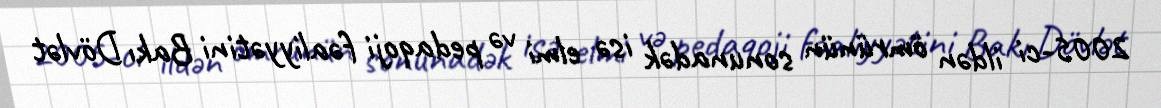
2005-ci ildən ömrünün sonunadək isə elmi və pedaqoji fəaliyyətini Bakı Dövlət